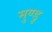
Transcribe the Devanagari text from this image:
मुण्डु